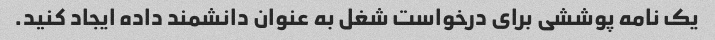
یک نامه پوششی برای درخواست شغل به عنوان دانشمند داده ایجاد کنید.